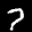
Label: 7